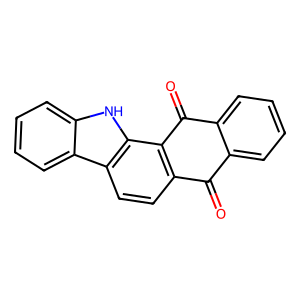
SMILES: O=C1c2ccccc2C(=O)c2c1ccc1c2[nH]c2ccccc21
Inhibits HIV replication: No